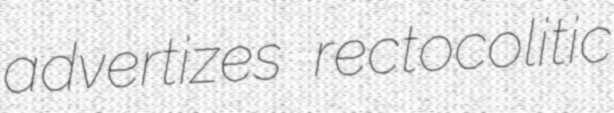
advertizes rectocolitic